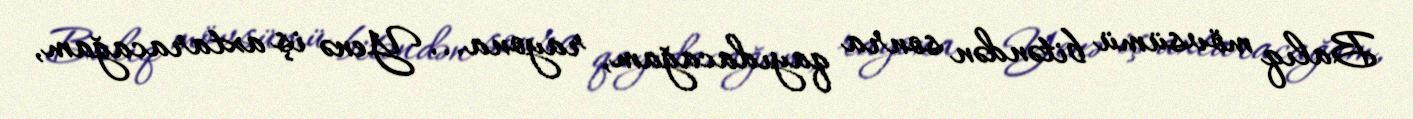
Balıq mövsümü bitəndən sonra qayıdacağam, rayona... Yenə iş axtaracağam,